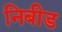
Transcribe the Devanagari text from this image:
निबीड